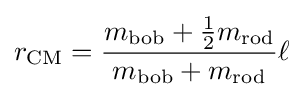
r_{\mathrm {CM} }={\frac {m_{\mathrm {bob} }+{\frac {1}{2}}m_{\mathrm {rod} }}{m_{\mathrm {bob} }+m_{\mathrm {rod} }}}\ell